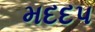
મદદપ